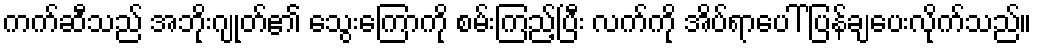
ကက်ဆီသည် အဘိုးဂျုတ်၏ သွေးကြောကို စမ်းကြည့်ပြီး လက်ကို အိပ်ရာပေါ် ပြန်ချပေးလိုက်သည်။